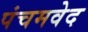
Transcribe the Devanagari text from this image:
पंचमवेद